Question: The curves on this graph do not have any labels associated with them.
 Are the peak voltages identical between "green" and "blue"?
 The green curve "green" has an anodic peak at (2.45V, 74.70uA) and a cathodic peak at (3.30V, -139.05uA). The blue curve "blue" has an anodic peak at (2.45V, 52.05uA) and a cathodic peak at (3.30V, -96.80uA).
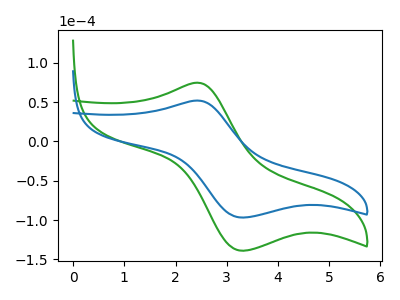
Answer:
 <answer>Yes, "green" have a peak in "blue" at the same potential.</answer>
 <eval>match</eval>